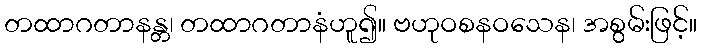
တထာဂတာနန္တ၊ တထာဂတာနံဟူ၍။ ဗဟုဝစနဝသေန၊ အစွမ်းဖြင့်။